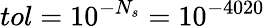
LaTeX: tol=10^{-N_{s}}=10^{-4020}